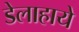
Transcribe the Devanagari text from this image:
डेलाहाये